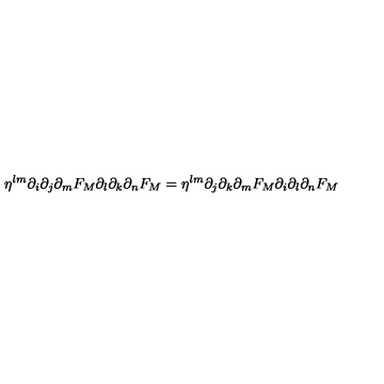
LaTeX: \eta ^ { l m } \partial _ { i } \partial _ { j } \partial _ { m } F _ { M } \partial _ { l } \partial _ { k } \partial _ { n } F _ { M } = \eta ^ { l m } \partial _ { j } \partial _ { k } \partial _ { m } F _ { M } \partial _ { i } \partial _ { l } \partial _ { n } F _ { M }